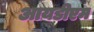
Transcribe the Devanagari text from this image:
आयडीएम